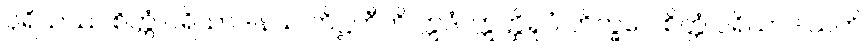
ပုရိသဿ စိတ္တံ ပရိယာဒါနယ တိဋ္ဌတီတိ ဣဒံ၊ ဣတ္ထိရူပံ ဘိက္ခဝေ စိတ္တံ ပရိယာဒါယတိ